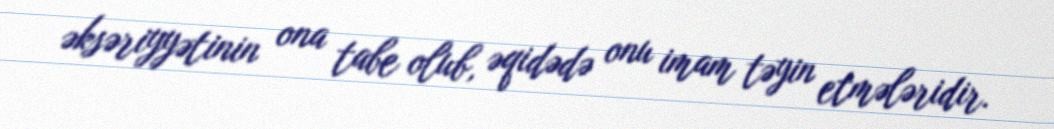
əksəriyyətinin ona tabe olub, əqidədə onu imam təyin etmələridir.